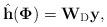
LaTeX: \begin{align*}\hat{\mathbf{h}}(\mathbf{\Phi})=\mathbf{W}_{\rm D}\mathbf{y},\end{align*}